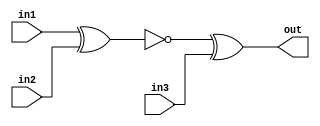
module top_module (
    input in1,
    input in2,
    input in3,
    output out);
    
	wire w12;
    assign w12 = ~(in1 ^ in2);
    assign out = w12 ^ in3;
    
endmodule